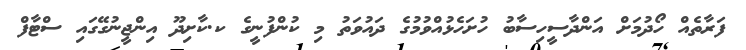
ފަރާތެއް ހޯދުމަށް އަންދާސީހިސާބު ހުށަހެޅުއްވުމުގެ ދައުވަތު މި ކުންފުނީގެ ކ.ކާށިދޫ އިންޖީނުގޭގައި ސްޓާފް